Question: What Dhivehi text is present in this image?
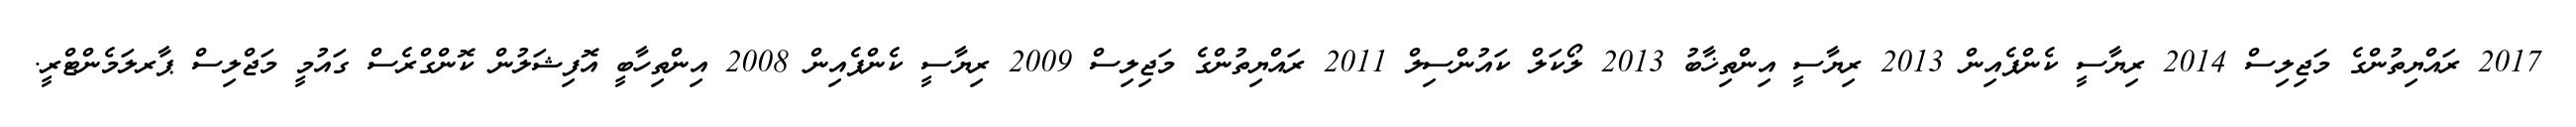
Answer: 2017 ރައްޔިތުންގެ މަޖިލިސް 2014 ރިޔާސީ ކެންޕެއިން 2013 ރިޔާސީ އިންތިޚާބު 2013 ލޯކަލް ކައުންސިލް 2011 ރައްޔިތުންގެ މަޖިލިސް 2009 ރިޔާސީ ކެންޕެއިން 2008 އިންތިހާބީ އޮފިޝަލުން ކޮންގްރެސް ގައުމީ މަޖްލިސް ޕާރލަމެންޓްރީ.